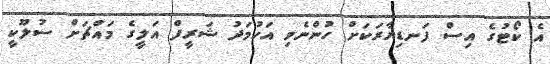
އެ ކޯޓުގެ އިސް ފަނޑިޔާރަކަށް ހުންނެވި އަހުމަދު ޝަރީފް އަލީގެ މައްޗަށް ސުލޫކީ